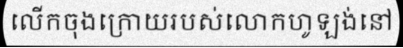
លើកចុងក្រោយរបស់លោកហូឡង់នៅ